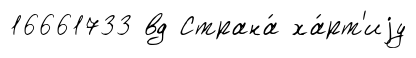
16661733 вд Страна́ ха́рт'иjу